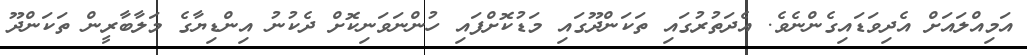
އަމިއްލައަށް އެދިވަޑައިގެންނެވެ. އެދަތުރުގައި ތަކަންދޫގައި މަޑުކޮށްފައި ހުންނަވަނިކޮށް ދެކުނު އިންޑިޔާގެ މަލާބާރީން ތަކަންދޫ